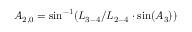
{ A _ { 2 , 0 } } = \sin ^ { - 1 } ( { L _ { 3 - 4 } } / { L _ { 2 - 4 } } \cdot \sin ( { A _ { 3 } } ) )